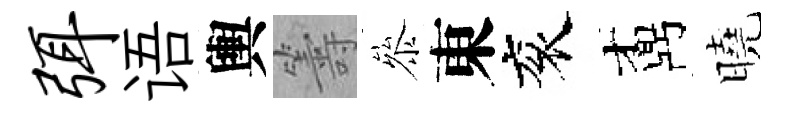
弭语輿籌叅東衮鼒曉